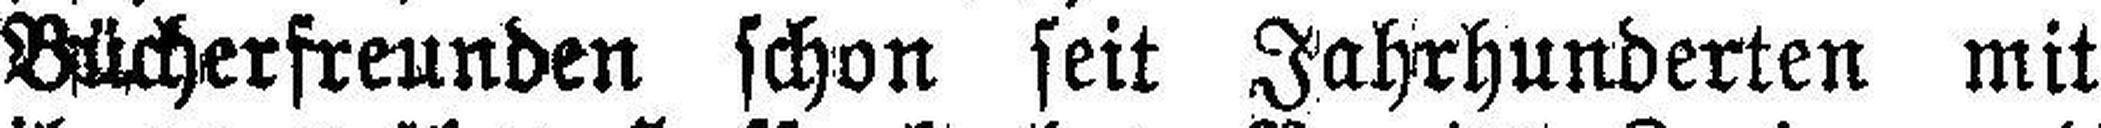
Bücherfreunden schon seit Jahrhunderten mit